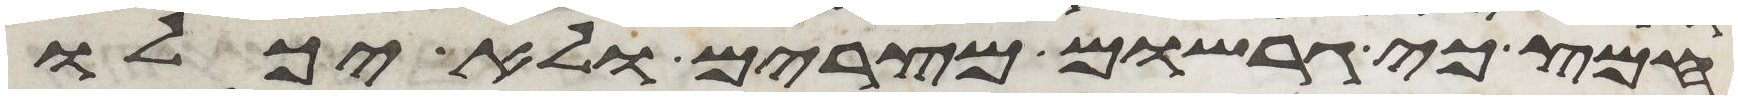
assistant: חמץ כי גרשום מצרים ולא יכלו